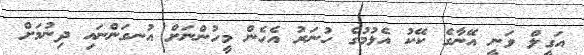
އަގީލް ވަނީ އޭނާގެ ކޭކު އެޅުމުގެ ހުނަރު އެހެން މީހުންނަށް އުނގަންނައި ދިނުމަށް